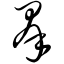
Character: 群